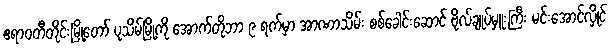
ဧရာဝတီတိုင်းမြို့တော် ပုသိမ်မြို့ကို အောက်တိုဘာ ၉ ရက်မှာ အာဏာသိမ်း စစ်ခေါင်းဆောင် ဗိုလ်ချုပ်မှူးကြီး မင်းအောင်လှိုင်